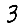
Digit: 3